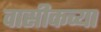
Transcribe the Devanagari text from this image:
वासीकच्या